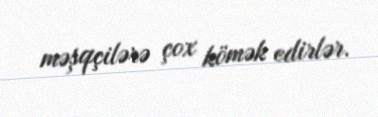
məşqçilərə çox kömək edirlər.